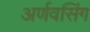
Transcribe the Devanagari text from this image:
अर्णवसिंग